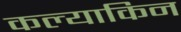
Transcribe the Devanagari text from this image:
कल्याकिन